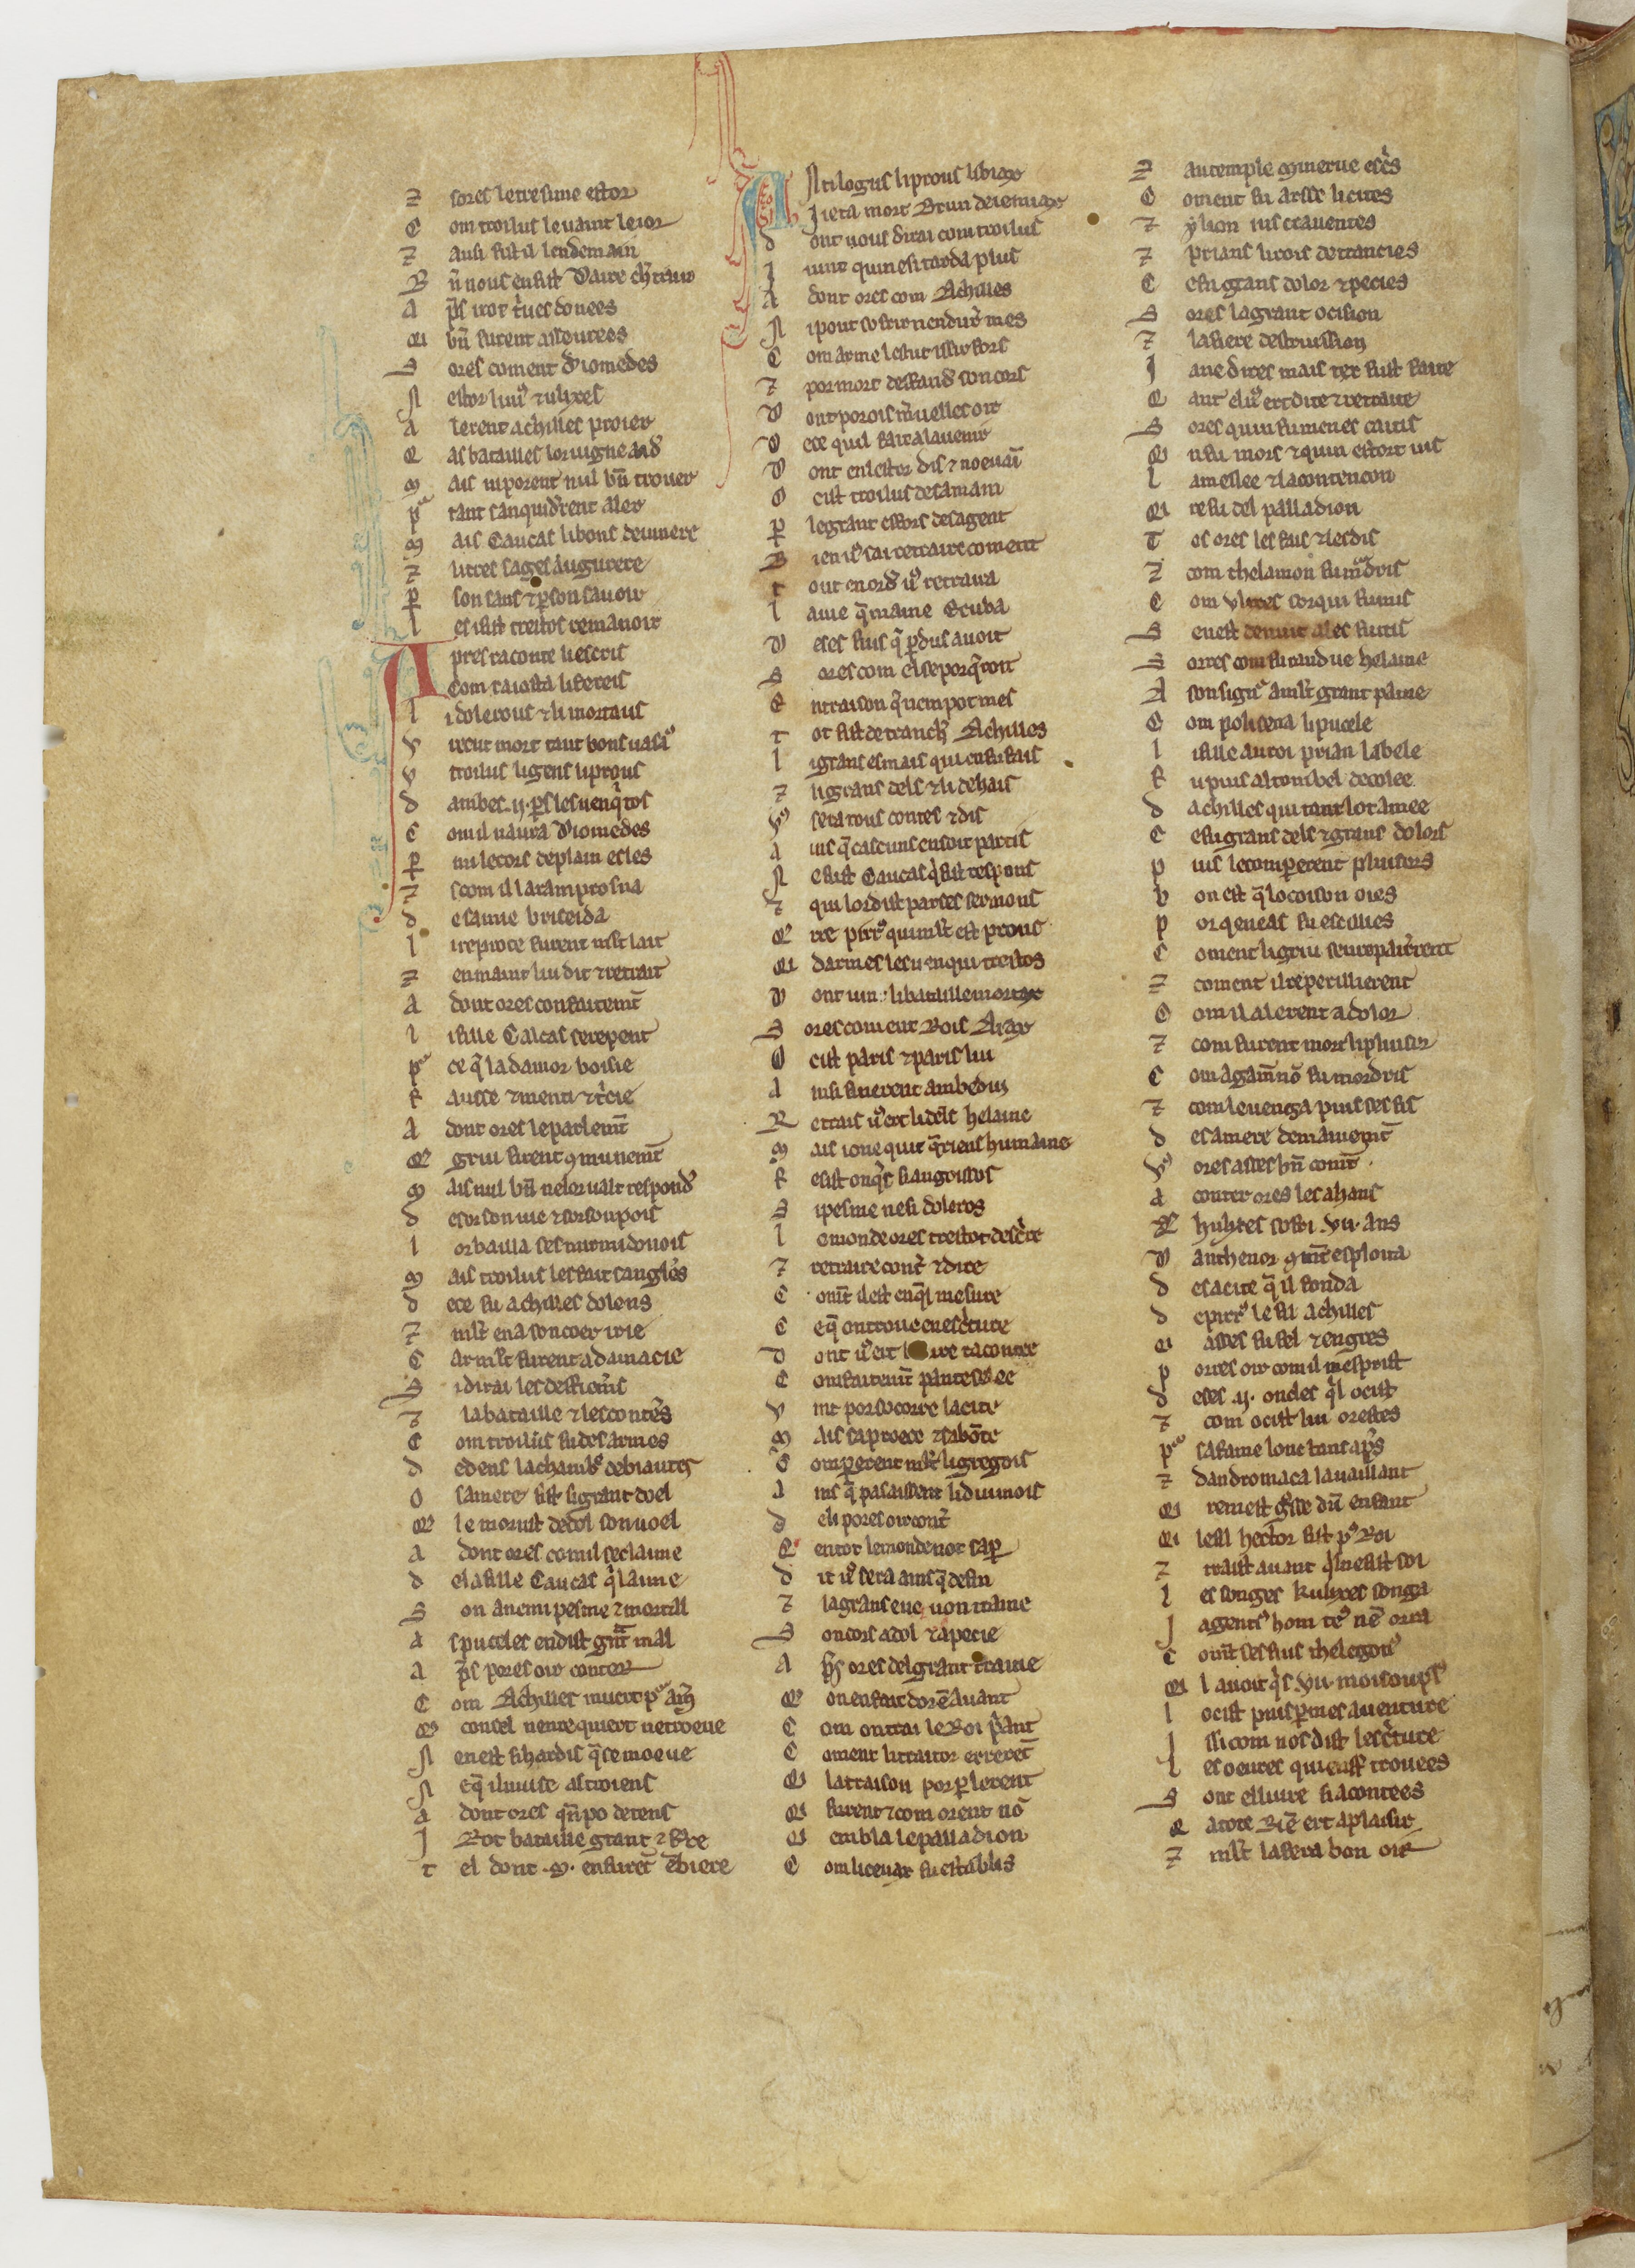
Shelfmark: Paris, BnF, fr. 1450
Century: 13